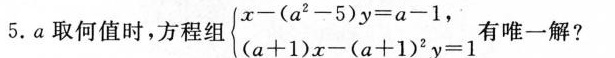
5.α取何值时，方程组 $$\left\{ \begin{matrix} x-(a^{2}-5)y=a-1, \\(a+1)x-(a+1)^{2}y=1 \\ \end{matrix} \right.$$ 唯一解?